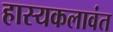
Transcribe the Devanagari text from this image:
हास्यकलावंत